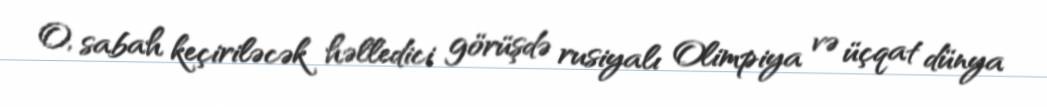
O, sabah keçiriləcək həlledici görüşdə rusiyalı Olimpiya və üçqat dünya